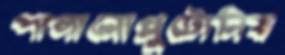
পালানোপ্লুটোনিয়